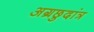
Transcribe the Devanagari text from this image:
अग्रछुदांत्र